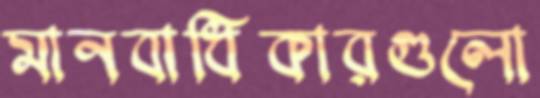
মানবাধিকারগুলো